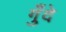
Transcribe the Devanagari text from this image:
गुँदे